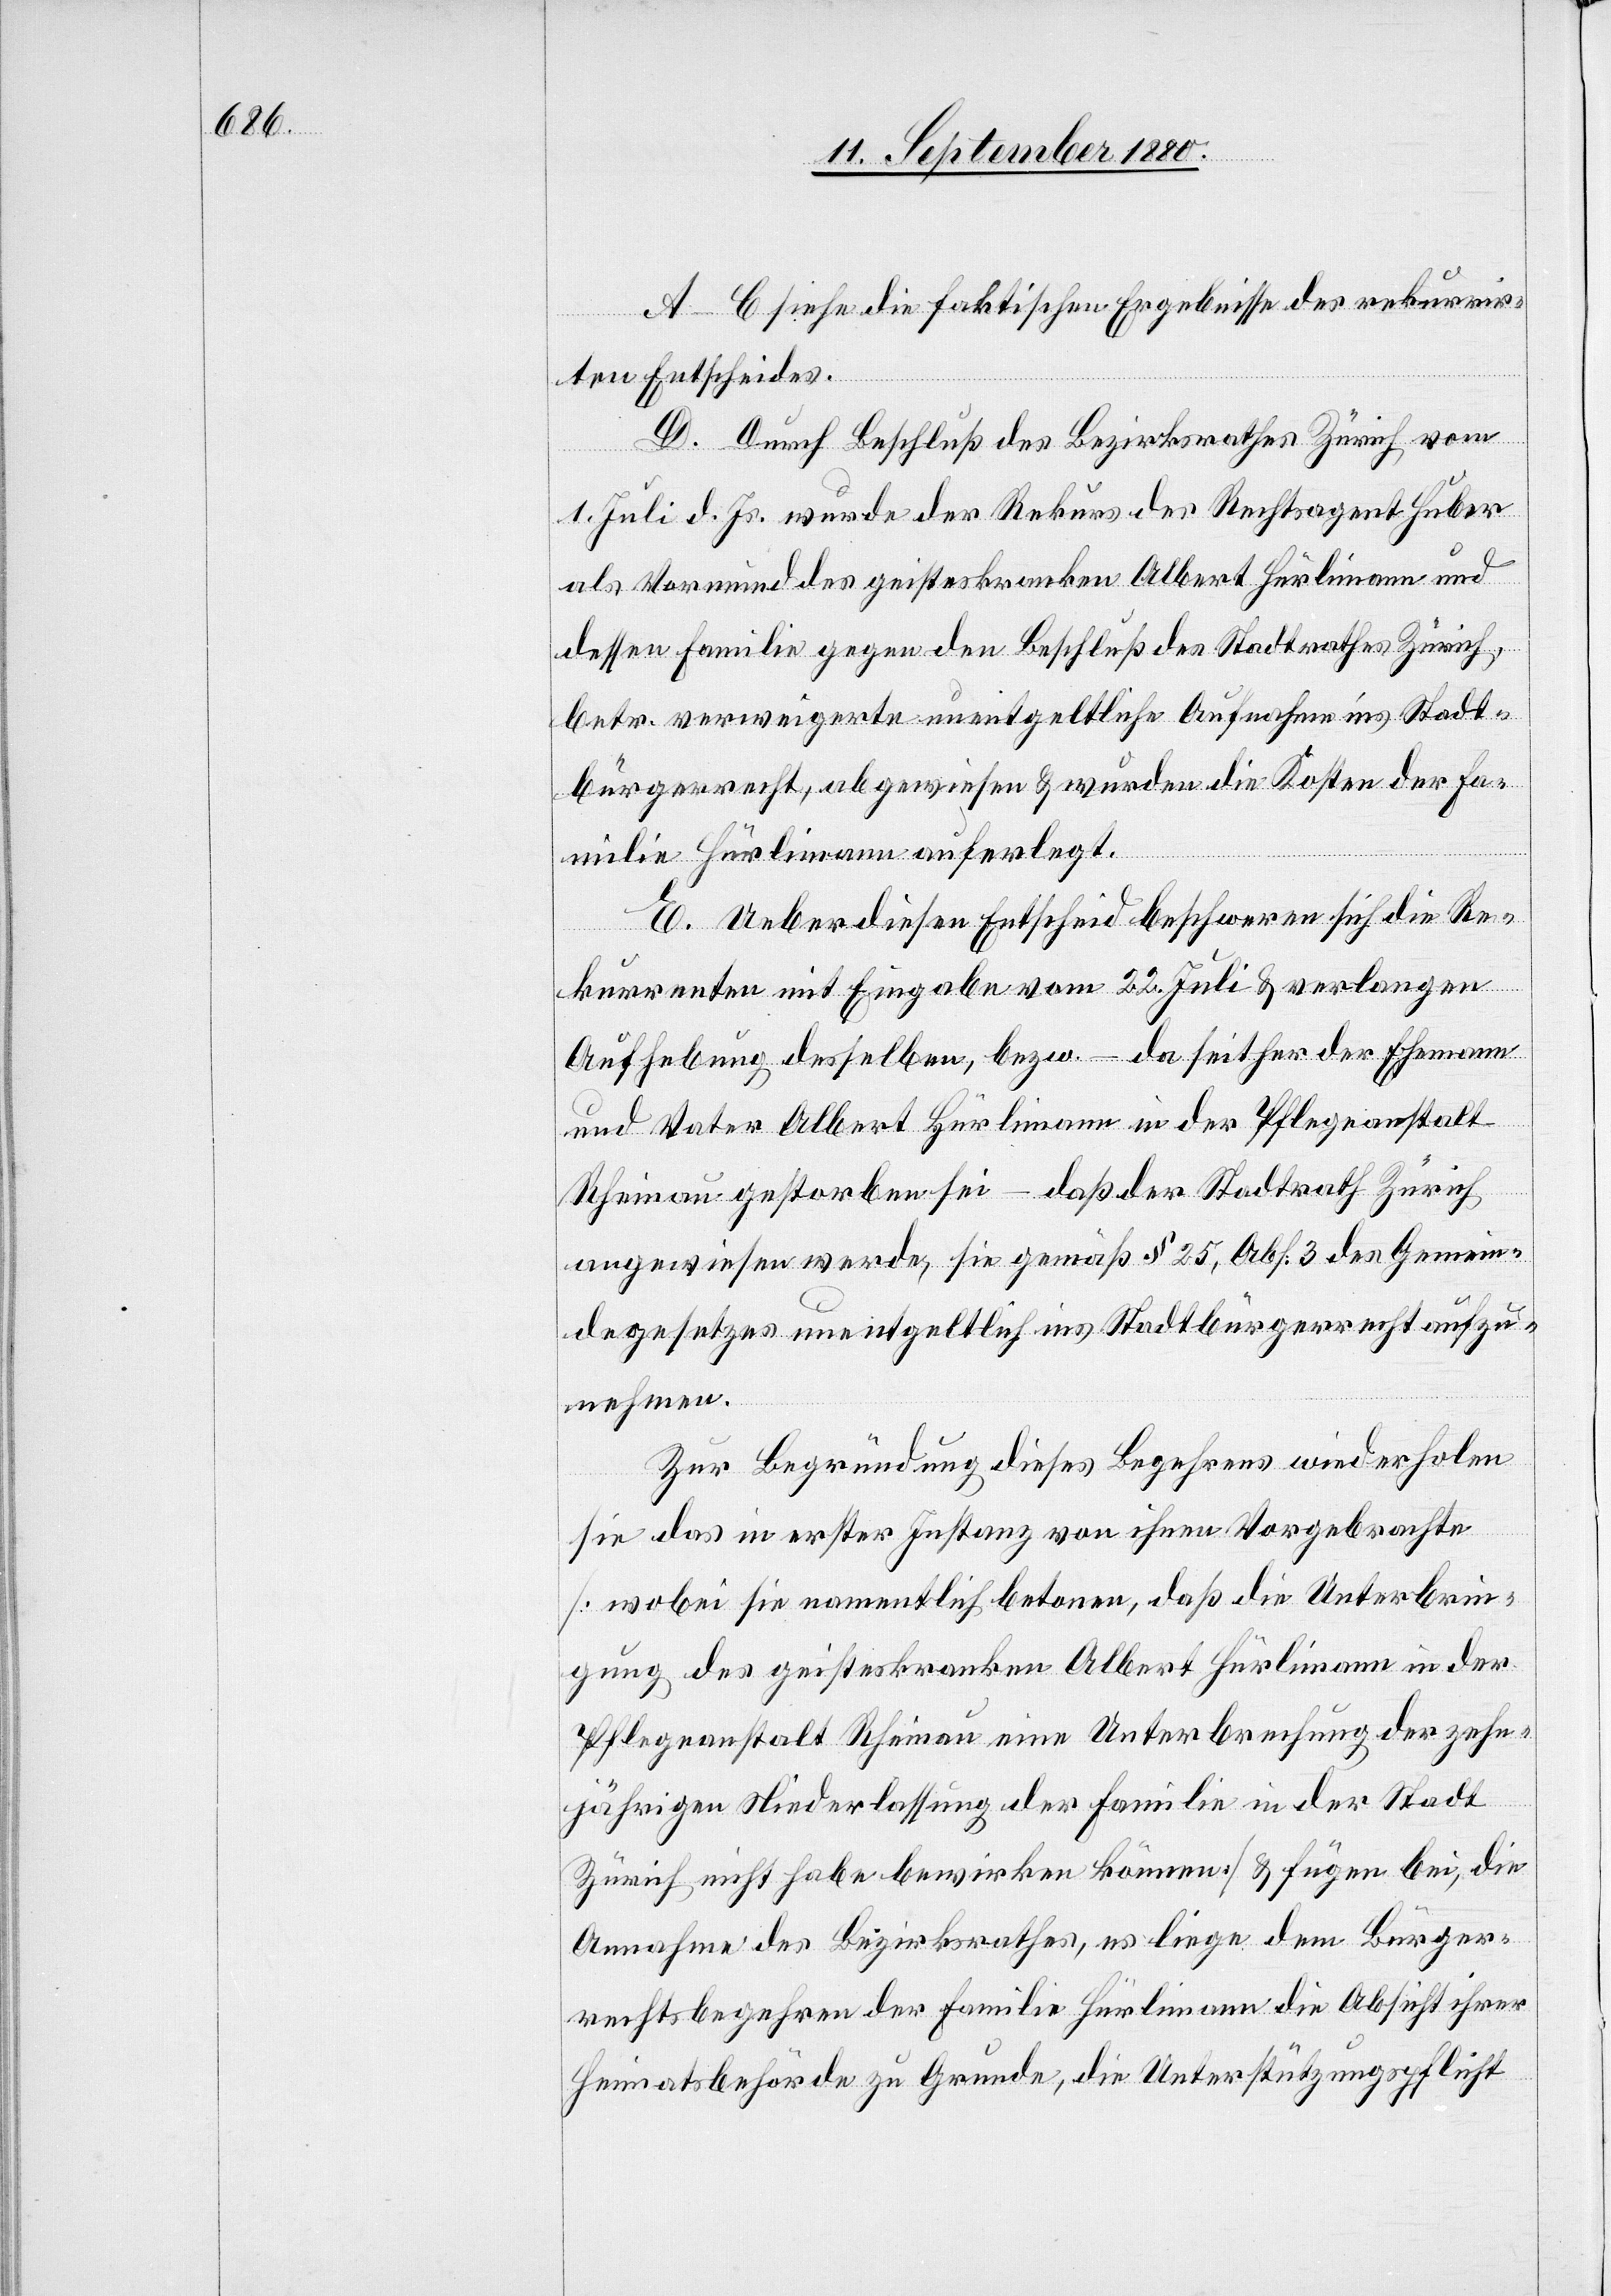
A–C siehe die faktischen Ergebnisse des rekurrir¬
ten Entscheides.
D. Durch Beschluß des Bezirksrathes Zürich vom
1. Juli d. Js. wurde der Rekurs des Rechtsagent Huber
als Vormund des geisteskranken Albert Hürlimann und
dessen Familie gegen den Beschluß des Stadtrathes Zürich
betr. verweigerte unentgeltliche Aufnahme ins Stadt¬
bürgerrecht, abgewiesen & wurden die Kosten der Fa¬
milie Hürlimann auferlegt.
E. Ueber diesen Entscheid beschweren sich die Re¬
kurrenten mit Eingabe vom 22. Juli & verlangen
Aufhebung desselben, bezw. – da seither der Ehemann
und Vater Albert Hürlimann in der Pflegeanstalt
Rheinau gestorben sei – daß der Stadtrath Zürich
angewiesen werde, sie gemäß § 25, Abs. 3 des Gemein¬
degesetzes unentgeltlich ins Stadtbürgerrecht aufzu¬
nehmen.
Zur Begründung dieses Begehrens wiederholen
sie das in erster Instanz von ihnen Vorgebrachte
[wobei sie namentlich betonen, daß die Unterbrin¬
gung des geisteskranken Albert Hürlimann in der
Pflegeanstalt Rheinau eine Unterbrechung der zehn¬
jährigen Niederlassung der Familie in der Stadt
Zürich nicht habe bewirken können] & fügen bei, die
Annahme des Bezirksrathes, es liege dem Bürger¬
rechtsbegehren der Familie Hürlimann die Absicht ihrer
Heimatsbehörde zu Grunde, die Unterstützungspflicht